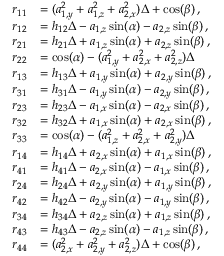
\begin{array} { r l } { r _ { 1 1 } } & { = ( a _ { 1 , y } ^ { 2 } + a _ { 1 , z } ^ { 2 } + a _ { 2 , x } ^ { 2 } ) \Delta + \cos ( \beta ) \, , } \\ { r _ { 1 2 } } & { = h _ { 1 2 } \Delta - a _ { 1 , z } \sin ( \alpha ) - a _ { 2 , z } \sin ( \beta ) \, , } \\ { r _ { 2 1 } } & { = h _ { 2 1 } \Delta + a _ { 1 , z } \sin ( \alpha ) + a _ { 2 , z } \sin ( \beta ) \, , } \\ { r _ { 2 2 } } & { = \cos ( \alpha ) - ( a _ { 1 , y } ^ { 2 } + a _ { 2 , x } ^ { 2 } + a _ { 2 , z } ^ { 2 } ) \Delta } \\ { r _ { 1 3 } } & { = h _ { 1 3 } \Delta + a _ { 1 , y } \sin ( \alpha ) + a _ { 2 , y } \sin ( \beta ) \, , } \\ { r _ { 3 1 } } & { = h _ { 3 1 } \Delta - a _ { 1 , y } \sin ( \alpha ) - a _ { 2 , y } \sin ( \beta ) \, , } \\ { r _ { 2 3 } } & { = h _ { 2 3 } \Delta - a _ { 1 , x } \sin ( \alpha ) - a _ { 2 , x } \sin ( \beta ) \, , } \\ { r _ { 3 2 } } & { = h _ { 3 2 } \Delta + a _ { 1 , x } \sin ( \alpha ) + a _ { 2 , x } \sin ( \beta ) \, , } \\ { r _ { 3 3 } } & { = \cos ( \alpha ) - ( a _ { 1 , z } ^ { 2 } + a _ { 2 , x } ^ { 2 } + a _ { 2 , y } ^ { 2 } ) \Delta } \\ { r _ { 1 4 } } & { = h _ { 1 4 } \Delta + a _ { 2 , x } \sin ( \alpha ) + a _ { 1 , x } \sin ( \beta ) \, , } \\ { r _ { 4 1 } } & { = h _ { 4 1 } \Delta - a _ { 2 , x } \sin ( \alpha ) - a _ { 1 , x } \sin ( \beta ) \, , } \\ { r _ { 2 4 } } & { = h _ { 2 4 } \Delta + a _ { 2 , y } \sin ( \alpha ) + a _ { 1 , y } \sin ( \beta ) \, , } \\ { r _ { 4 2 } } & { = h _ { 4 2 } \Delta - a _ { 2 , y } \sin ( \alpha ) - a _ { 1 , y } \sin ( \beta ) \, , } \\ { r _ { 3 4 } } & { = h _ { 3 4 } \Delta + a _ { 2 , z } \sin ( \alpha ) + a _ { 1 , z } \sin ( \beta ) \, , } \\ { r _ { 4 3 } } & { = h _ { 4 3 } \Delta - a _ { 2 , z } \sin ( \alpha ) - a _ { 1 , z } \sin ( \beta ) \, , } \\ { r _ { 4 4 } } & { = ( a _ { 2 , x } ^ { 2 } + a _ { 2 , y } ^ { 2 } + a _ { 2 , z } ^ { 2 } ) \Delta + \cos ( \beta ) \, , } \end{array}